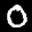
Label: 0